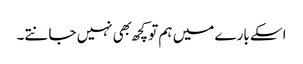
اسکے بارے میں ہم تو کچھ بهی نہیں جانتے۔